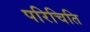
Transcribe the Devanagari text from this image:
परिचिति